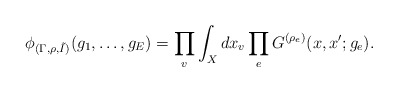
\begin{align*}\phi_{(\Gamma,\rho,\tilde{I})} (g_1,\ldots,g_E) =\prod_v \int_X dx_v\prod_e G^{(\rho_e)}(x,x'; g_e).\end{align*}